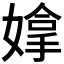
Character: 𫱗